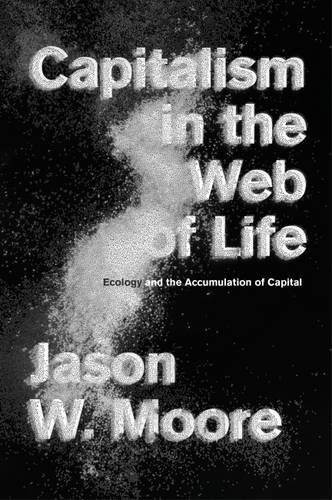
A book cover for Capitalism in the Web of Life: Ecology and the Accumulation of Capital; Jason W. Moore; Science & Math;